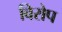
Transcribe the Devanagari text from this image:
विरोप